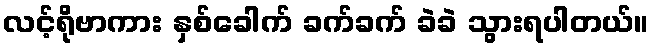
လင့်ရိုဗာကား နှစ်ခေါက် ခက်ခက် ခဲခဲ သွားရပါတယ်။